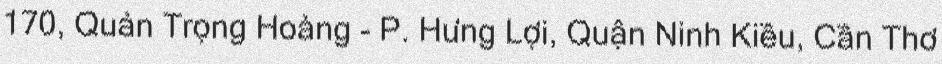
170, Quản Trọng Hoàng - P. Hưng Lợi, Quận Ninh Kiều, Cần Thơ